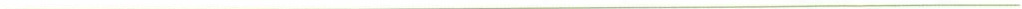
___